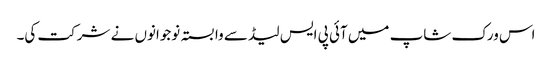
اس ورک شاپ میں آئی پی ایس لیڈ سے وابستہ نوجوانوں نے شرکت کی۔